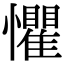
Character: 懼